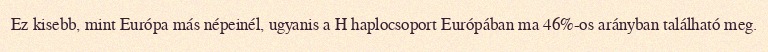
Ez kisebb, mint Európa más népeinél, ugyanis a H haplocsoport Európában ma 46%-os arányban található meg.